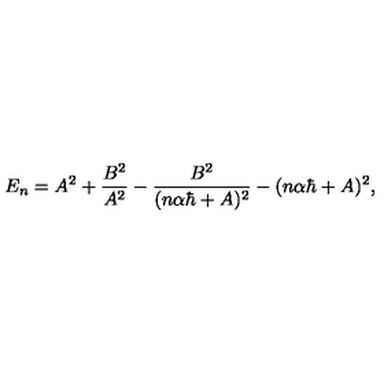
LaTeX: E _ { n } = A ^ { 2 } + \frac { B ^ { 2 } } { A ^ { 2 } } - \frac { B ^ { 2 } } { ( n \alpha \hbar + A ) ^ { 2 } } - ( n \alpha \hbar + A ) ^ { 2 } ,